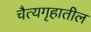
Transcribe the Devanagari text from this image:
चैत्यगृहातील